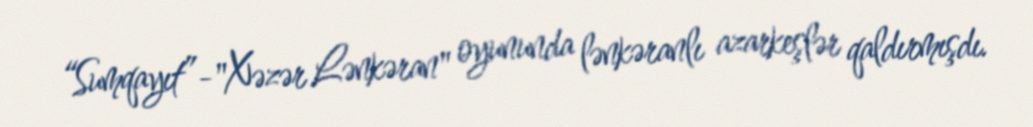
“Sumqayıt”-"Xəzər Lənkəran" oyununda lənkəranlı azarkeşlər qaldırmışdı.